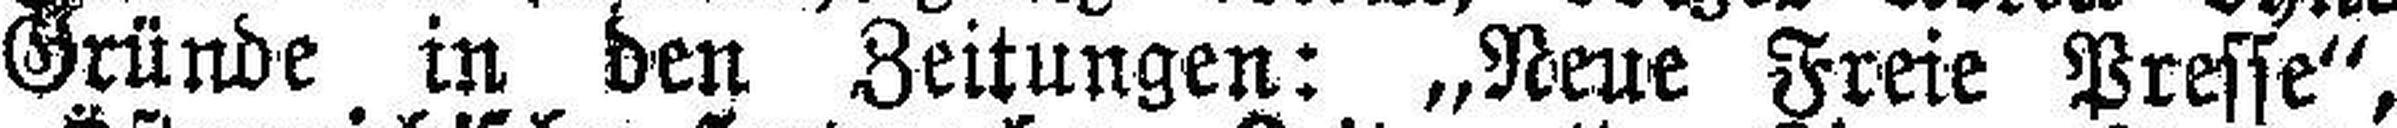
Gründe in den Zeitungen: „N-me Freie Presse",